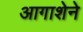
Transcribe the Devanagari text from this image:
आगाशेने